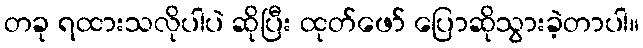
တခု ရထားသလိုပါပဲ ဆိုပြီး ထုတ်ဖော် ပြောဆိုသွားခဲ့တာပါ။